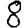
Digit: 8